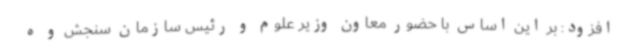
افزود: بر این اساس با حضور معاون وزیر علوم و رئیس سازمان سنجش و ه